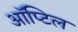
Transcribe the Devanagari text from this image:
ऑप्टिल